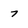
Character: 7